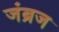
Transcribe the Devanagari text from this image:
जंब्रज